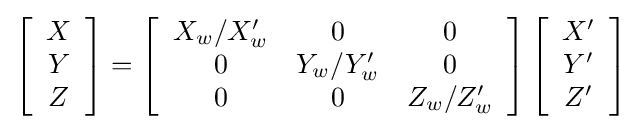
\left[{\begin{array}{c}X\\Y\\Z\end{array}}\right]=\left[{\begin{array}{ccc}X_{w}/X'_{w}&0&0\\0&Y_{w}/Y'_{w}&0\\0&0&Z_{w}/Z'_{w}\end{array}}\right]\left[{\begin{array}{c}X'\\Y'\\Z'\end{array}}\right]